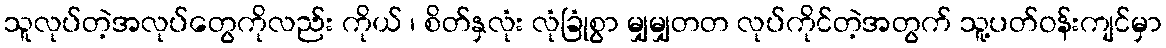
သူလုပ်တဲ့အလုပ်တွေကိုလည်း ကိုယ် ၊ စိတ်နှလုံး လုံခြုံစွာ မျှမျှတတ လုပ်ကိုင်တဲ့အတွက် သူ့ပတ်ဝန်းကျင်မှာ